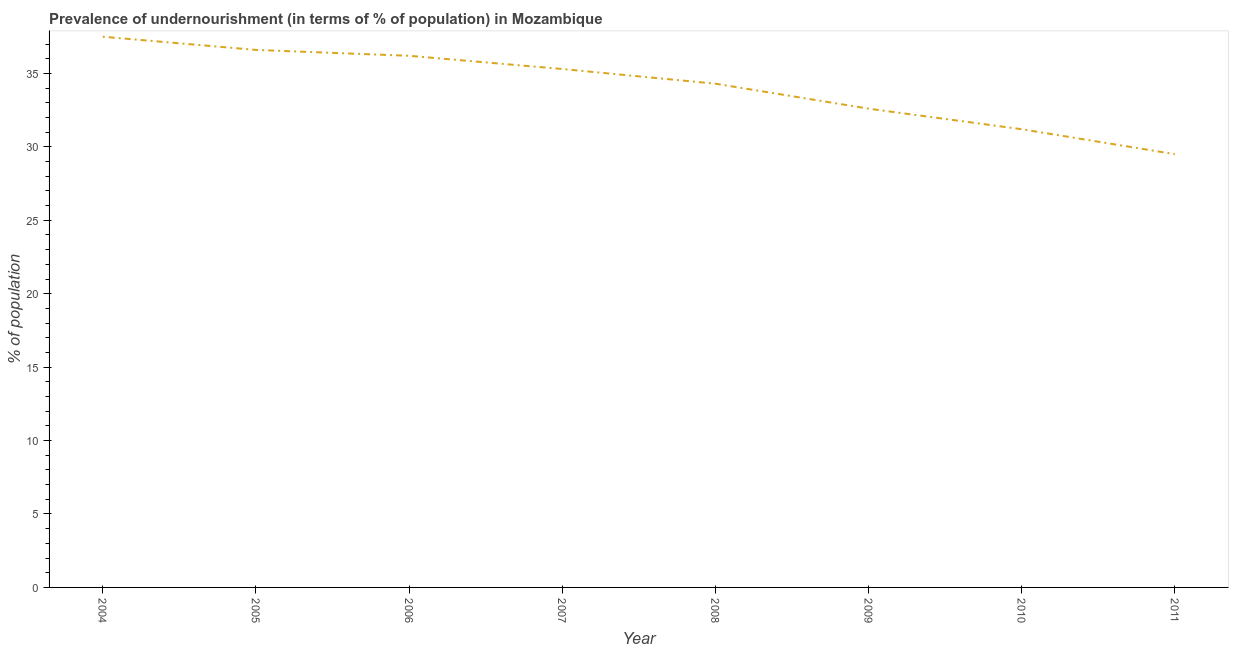
| Year | Prevalence of undernourishment |
 | --- | --- |
 | 2004 | 37.5 |
 | 2005 | 36.6 |
 | 2006 | 36.2 |
 | 2007 | 35.3 |
 | 2008 | 34.3 |
 | 2009 | 32.6 |
 | 2010 | 31.2 |
 | 2011 | 29.5 |